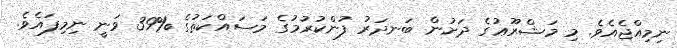
ނިމިއްޖެއެވެ. މި މަޝްރޫޢުގެ ދަށުން ބަނދަރު ފުންކުރުމުގެ މަސައްކަތުގެ %39 ވަނީ ނިމިފައެވެ.